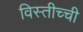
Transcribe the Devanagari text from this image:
विस्तीच्ची